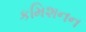
કમિશનન